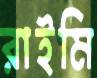
রাইমি